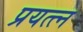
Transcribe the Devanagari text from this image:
प्रयत्त्न